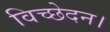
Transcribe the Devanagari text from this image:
विच्छेदन।